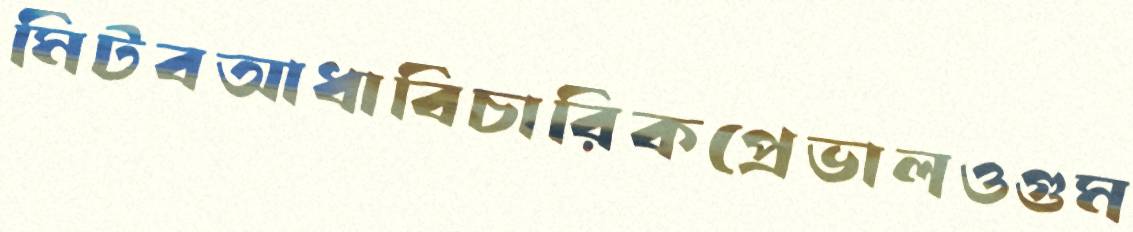
মিটবআধাবিচারিকপ্রেভালওগুম